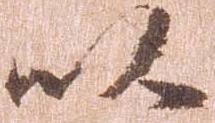
以